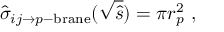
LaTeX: \hat { \sigma } _ { i j \to p \mathrm { - b r a n e } } ( \sqrt { \hat { s } } ) = \pi r _ { p } ^ { 2 } \ ,